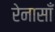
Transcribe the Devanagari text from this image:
रेनासाँ